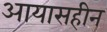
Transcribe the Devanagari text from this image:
आयासहीन